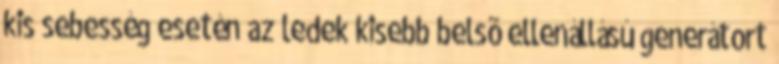
kis sebesség esetén az ledek kisebb belsõ ellenállású generátort